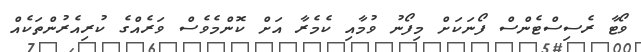
ވޯޓާ ރެސިސްޓެންސް ފޯނަކަށް މިފޯނު ވުމާއި ކެމެރާ އަށް ކޮންމެވެސް ވަރެއްގެ ކުރިއެރުންތަކެއް